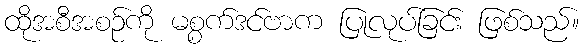
ထိုအစီအစဉ်ကို မစ္စက်ဒင်ဗာက ပြုလုပ်ခြင်း ဖြစ်သည်။